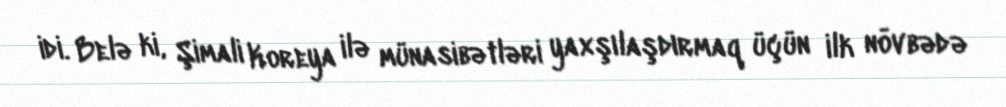
idi. Belə ki, Şimali Koreya ilə münasibətləri yaxşılaşdırmaq üçün ilk növbədə